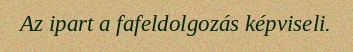
Az ipart a fafeldolgozás képviseli.